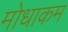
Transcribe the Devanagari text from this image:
मोधाकम